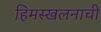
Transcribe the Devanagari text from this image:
हिमस्खलनाची